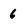
Character: 6